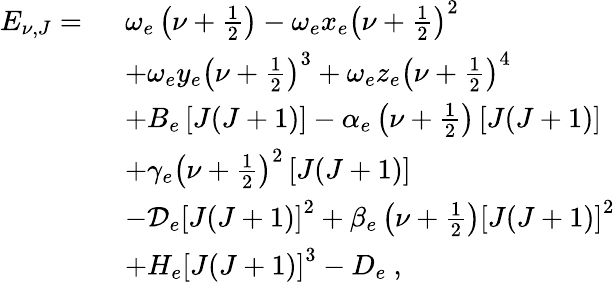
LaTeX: \begin{array}{rl}{E_{\nu,J}=\ }&{\omega_{e}\left(\nu+\frac 12\right)-\omega_{e}x_{e}\left(\nu+\frac 12\right)^{2}}\\ &{+\omega_{e}y_{e}\left(\nu+\frac 12\right)^{3}+\omega_{e}z_{e}\left(\nu+\frac 12\right)^{4}}\\ &{+B_{e}\left[J(J+1)\right]-\alpha_{e}\left(\nu+\frac 12\right)\left[J(J+1)\right]}\\ &{+\gamma_{e}\left(\nu+\frac 12\right)^{2}\left[J(J+1)\right]}\\ &{-\mathcal{D}_{e}\left[J(J+1)\right]^{2}+\beta_{e}\left(\nu+\frac 12\right)\left[J(J+1)\right]^{2}}\\ &{+H_{e}\left[J(J+1)\right]^{3}-D_{e}\ ,}\end{array}